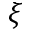
\xi